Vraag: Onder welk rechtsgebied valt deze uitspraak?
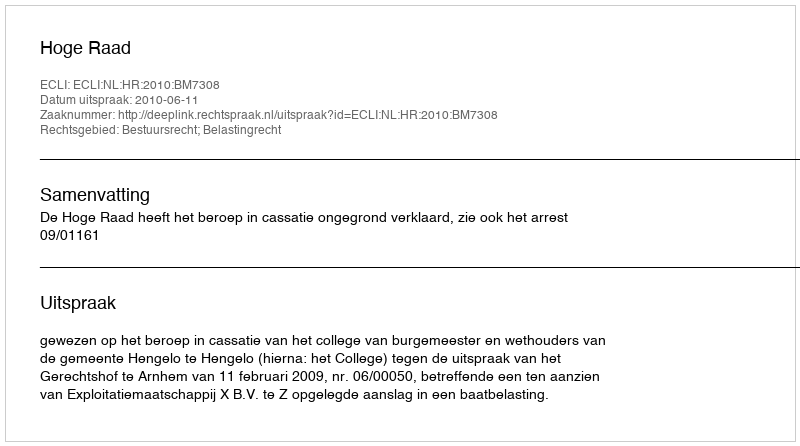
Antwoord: Bestuursrecht; Belastingrecht